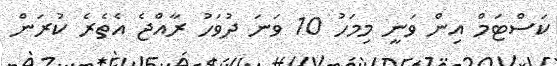
ކަސްޓަމް އިން ވަނީ މިމަހު 10 ވަނަ ދުވަހު ރާއްޖެ އެތެރެ ކުރަން